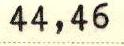
44,46